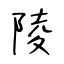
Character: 陵